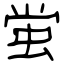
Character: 蛍